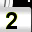
Digit: 2